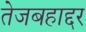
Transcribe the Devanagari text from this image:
तेजबहाद्दर